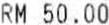
RM 50.00